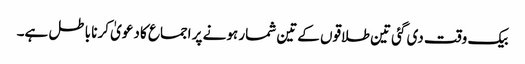
بیک وقت دی گئی تین طلاقوں کےتین شمار ہونے پر اجماع کا دعویٰ کرنا باطل ہے۔